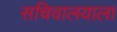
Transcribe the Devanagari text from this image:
सचिवालयाला